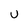
Character: U